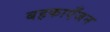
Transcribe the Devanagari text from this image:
बहकाएँजन